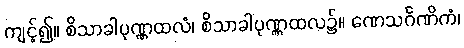
ကျင့်၍။ စိသာခါပုဏ္ဏထလံ၊ စိသာခါပုဏ္ဏထလ၌။ ဏေသင်္ဂဏိကံ၊